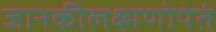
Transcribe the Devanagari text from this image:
जानकीलक्ष्मणोपेतं